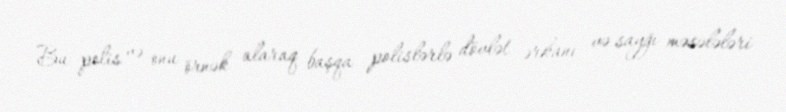
Bu polis və onu örnək alaraq başqa polislərlə dövlət ərkanı və sayğı məsələləri